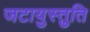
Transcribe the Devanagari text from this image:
जटायुस्तुति